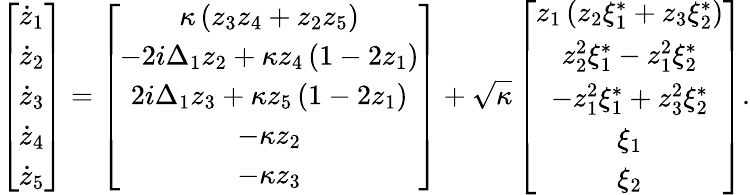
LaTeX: \left[\begin{array}{c}{\dot{z}_{1}}\\ {\dot{z}_{2}}\\ {\dot{z}_{3}}\\ {\dot{z}_{4}}\\ {\dot{z}_{5}}\end{array}\right]=\left[\begin{array}{c}{\kappa\left(z_{3}z_{4}+z_{2}z_{5}\right)}\\ {-2i\Delta_{1}z_{2}+\kappa z_{4}\left(1-2z_{1}\right)}\\ {2i\Delta_{1}z_{3}+\kappa z_{5}\left(1-2z_{1}\right)}\\ {-\kappa z_{2}}\\ {-\kappa z_{3}}\end{array}\right]+\sqrt{\kappa}\left[\begin{array}{c}{z_{1}\left(z_{2}\xi_{1}^{*}+z_{3}\xi_{2}^{*}\right)}\\ {z_{2}^{2}\xi_{1}^{*}-z_{1}^{2}\xi_{2}^{*}}\\ {-z_{1}^{2}\xi_{1}^{*}+z_{3}^{2}\xi_{2}^{*}}\\ {\xi_{1}}\\ {\xi_{2}}\end{array}\right].